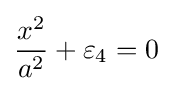
{x^{2} \over a^{2}}+\varepsilon _{4}=0